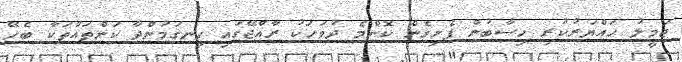
ޖަމީލު ހައްޔަރުކުރި ހިސާބުން ފެށިގެން ކޮންމެ ދުވަހަކު ރާއްޖޭގައި ހިނގަމުންދާ ކަންތައްތަކާ ބެހޭ